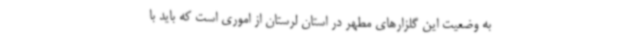
به وضعیت این گلزارهای مطهر در استان لرستان از اموری است که باید با